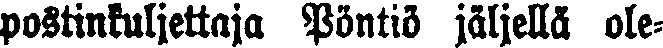
postinkuljettaja Pöntiö jäljellä ole-